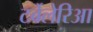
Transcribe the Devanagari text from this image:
टर्बेलेरिआ